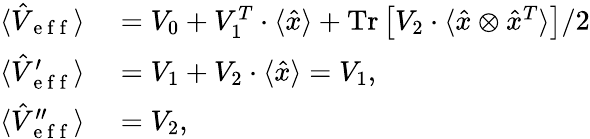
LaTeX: \begin{array}{rl}{\langle\hat{V}_{\mathrm{~e~f~f~}}\rangle}&{{}=V_{0}+V_{1}^{T}\cdot\langle\hat{x}\rangle+\operatorname{Tr}\left[V_{2}\cdot\langle\hat{x}\otimes\hat{x}^{T}\rangle\right]/2}\\ {\langle\hat{V}_{\mathrm{~e~f~f~}}^{\prime}\rangle}&{{}=V_{1}+V_{2}\cdot\langle\hat{x}\rangle=V_{1},}\\ {\langle\hat{V}_{\mathrm{~e~f~f~}}^{\prime\prime}\rangle}&{{}=V_{2},}\end{array}